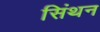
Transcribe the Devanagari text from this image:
सिंथन